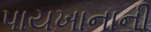
પાયખાનાની